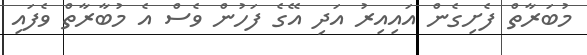
މުބަރާތް ފެށިގެން އައިއިރު އަދި އޭގެ ފަހުން ވެސް އެ މުބާރާތް ވެފައި